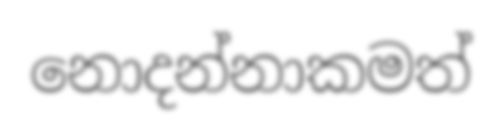
නොදන්නාකමත්